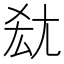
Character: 𡯤